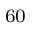
^ \mathrm { 6 0 }